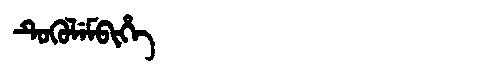
Manchu: ᡨᡠᡴᡠᠯᡝᠮᠪᡳᡥᡝ
Romanization: TUKULEMBIHE